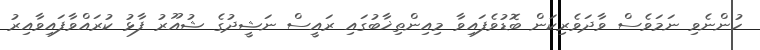
ހުންނެވި ނަމަވެސް ވާދަވެރިކަން ބޮޑުވެފައިވާ މިއިންތިޚާބުގައި ރައީސް ނަޝީދުގެ ޝުއޫރު ފާޅު ކުރައްވާފައިވާއިރު